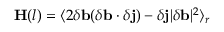
\mathbf { H } ( \boldsymbol { l } ) = \langle 2 \delta \mathbf { b } ( \delta \mathbf { b } \cdot \delta \mathbf { j } ) - \delta \mathbf { j } \lvert \delta \mathbf { b } \rvert ^ { 2 } \rangle _ { r }